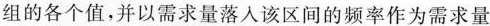
组的各个值，并以需求量落入该区间的频率作为需求量。